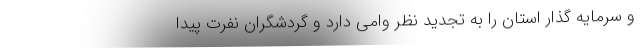
و سرمایه گذار استان را به تجدید نظر وامی دارد و گردشگران نفرت پیدا